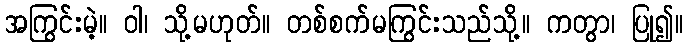
အကြွင်းမဲ့။ ဝါ၊ သို့မဟုတ်။ တစ်စက်မကြွင်းသည်သို့။ ကတွာ၊ ပြု၍။